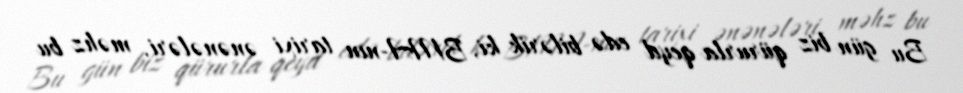
Bu gün biz qürurla qeyd edə bilərik ki, BMA-nın tarixi ənənələri, məhz bu